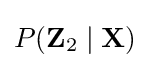
P(\mathbf {Z} _{2}\mid \mathbf {X} )